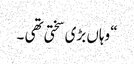
“ وہاں بڑی سختی تھی ۔